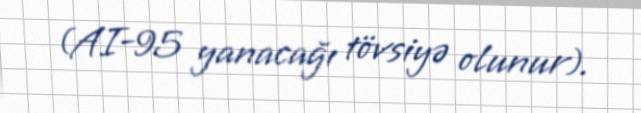
(AI-95 yanacağı tövsiyə olunur).